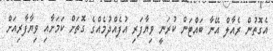
އެގޮތުން ރެއާލް އޭނާ ބައްޓަން ކުރަނީ ވިޔާފަރި އުފެއްދުމެއްގެ ގޮތަށް ކަމަށާއި ވިޔާފާރިއަށް